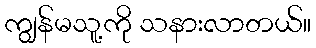
ကျွန်မသူ့ကို သနားလာတယ်။